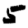
Digit: 5